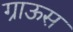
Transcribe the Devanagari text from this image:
ग्राऊस